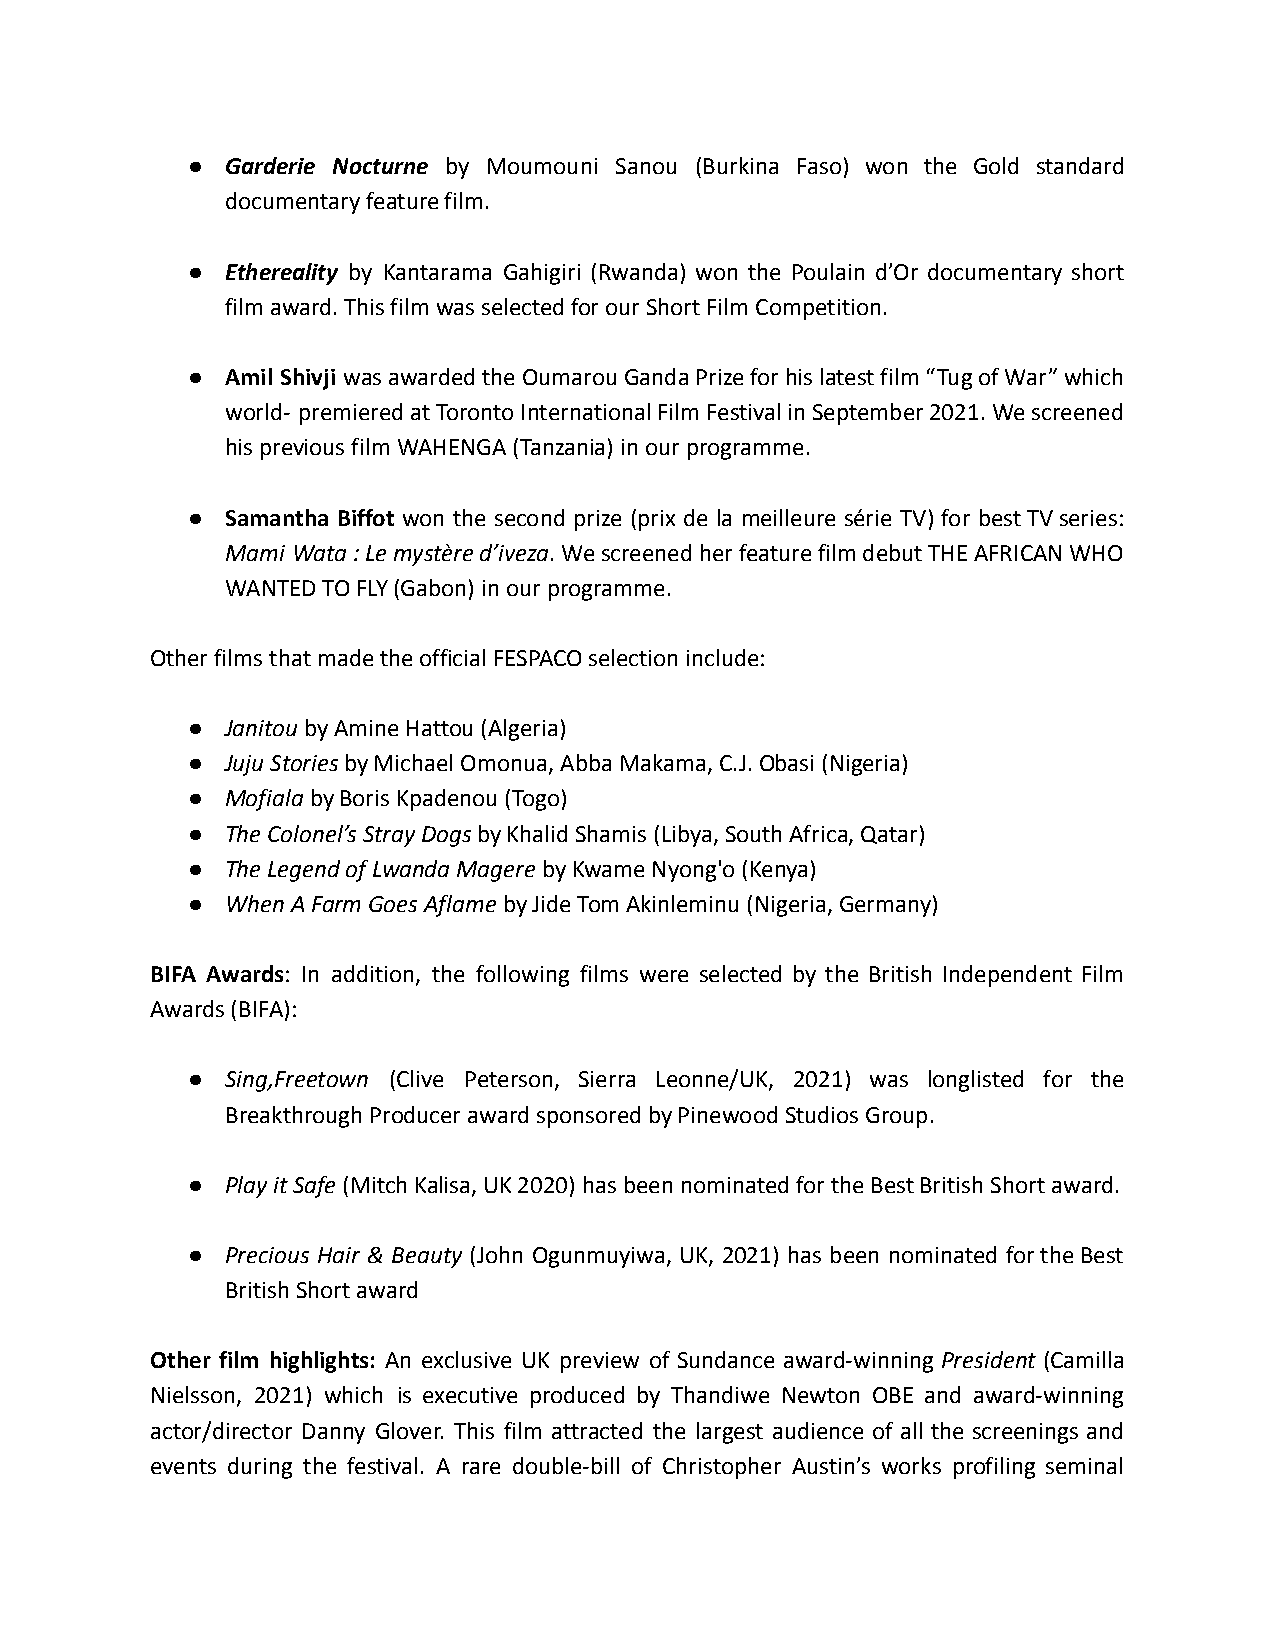
●  Garderie Nocturne by Moumouni Sanou (Burkina Faso) won the Gold standard
 documentary feature film.
 ●  Ethereality by Kantarama Gahigiri (Rwanda) won the Poulain d’Or documentary short
 film award. This film was selected for our Short Film Competition.
 ●  Amil Shivji wasawardedtheOumarouGandaPrizeforhislatestfilm“TugofWar”which
 world- premieredatTorontoInternationalFilmFestivalinSeptember2021.Wescreened
 his previous film WAHENGA (Tanzania) in our programme.
 ●  Samantha Biffot won the second prize (prix de la meilleure série TV) for bestTVseries:
 Mami Wata:Lemystèred’iveza.WescreenedherfeaturefilmdebutTHEAFRICANWHO
 WANTED TO FLY (Gabon) in our programme.
 Other films that made the official FESPACO selection include:
 ●  Janitouby Amine Hattou (Algeria)
 ●  Juju Storiesby Michael Omonua, Abba Makama, C.J.Obasi (Nigeria)
 ●  Mofialaby Boris Kpadenou (Togo)
 ●  The Colonel’s Stray Dogsby Khalid Shamis (Libya,South Africa, Qatar)
 ●  The Legend of Lwanda Magereby Kwame Nyong'o (Kenya)
 ●  When A Farm Goes Aflameby Jide Tom Akinleminu (Nigeria,Germany)
 BIFA Awards: In addition, the following films were selected by the British Independent Film
 Awards (BIFA):
 ●  Sing,Freetown (Clive Peterson, Sierra Leonne/UK, 2021) was longlisted for the
 Breakthrough Producer award sponsored by Pinewood Studios Group.
 ●  Play it Safe(Mitch Kalisa, UK 2020) has been nominatedfor the Best British Short award.
 ●  Precious Hair & Beauty (John Ogunmuyiwa, UK, 2021) has been nominated fortheBest
 British Short award
 Other film highlights: An exclusive UK preview of Sundance award-winning President (Camilla
 Nielsson, 2021) which is executive produced by Thandiwe Newton OBE and award-winning
 actor/director Danny Glover. This film attracted the largest audience of all the screenings and
 events during the festival. A rare double-bill of Christopher Austin’s works profiling seminal